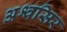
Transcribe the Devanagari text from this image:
अश्वसिर